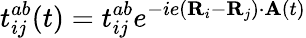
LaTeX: t_{ij}^{ab}(t)=t_{ij}^{ab}e^{-ie(\mathbf{R}_{i}-\mathbf{R}_{j})\cdot\mathbf{A}(t)}